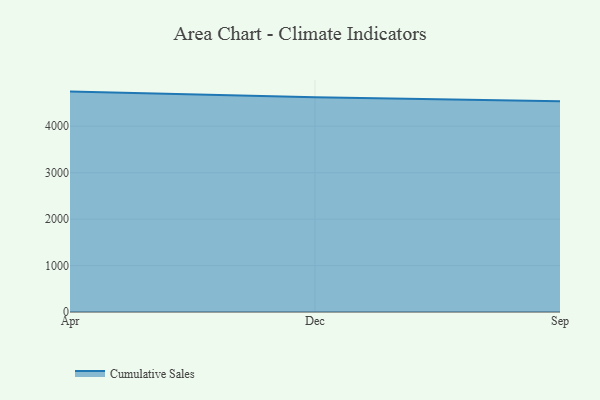
{"axis": {"x": "Month", "y": "Humidity (%)"}, "legend": ["Cumulative Sales"], "data": [{"x": "Apr", "y": 4745.8, "type": "Cumulative Sales"}, {"x": "Dec", "y": 4624.0, "type": "Cumulative Sales"}, {"x": "Sep", "y": 4538.3, "type": "Cumulative Sales"}]}